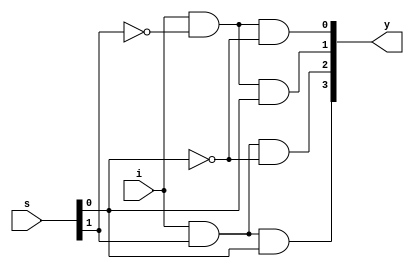
module demux1x4(output [3:0]y,input [1:0]s, input i);
  wire t0,t1;
  and G1(y[0],i,t1,t0);
  and G2(y[1],i,t1,s[0]);
  and G3(y[2],i,s[1],t0);
  and G4(y[3],i,s[1],s[0]);
  not G5(t0,s[0]);
  not G6(t1,s[1]);

endmodule